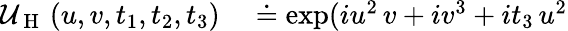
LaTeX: \begin{array}{rl}{\mathcal{U}_{\mathrm{~H~}}\left(u,v,t_{1},t_{2},t_{3}\right)}&{{}\doteq\exp(iu^{2}\, v+iv^{3}+it_{3}\, u^{2}}\end{array}